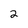
Character: 2